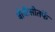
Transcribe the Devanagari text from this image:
बीबीसीतर्फे